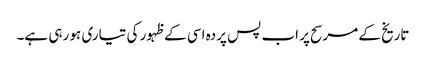
تاریخ کے مرسح پر اب پس پردہ اسی کے ظہور کی تیاری ہو رہی ہے۔